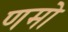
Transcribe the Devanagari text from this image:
णमो